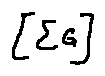
[ \sum G ]